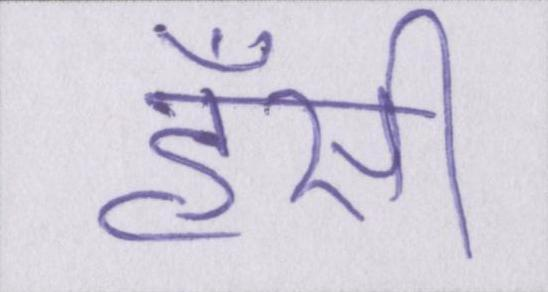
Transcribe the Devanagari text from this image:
हँसी